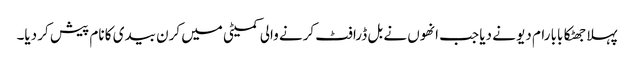
پہلا جھٹکا بابا رام دیو نے دیا جب انھوں نے بل ڈرافٹ کرنے والی کمیٹی میں کرن بیدی کا نام پیش کر دیا۔